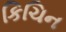
કિચિન